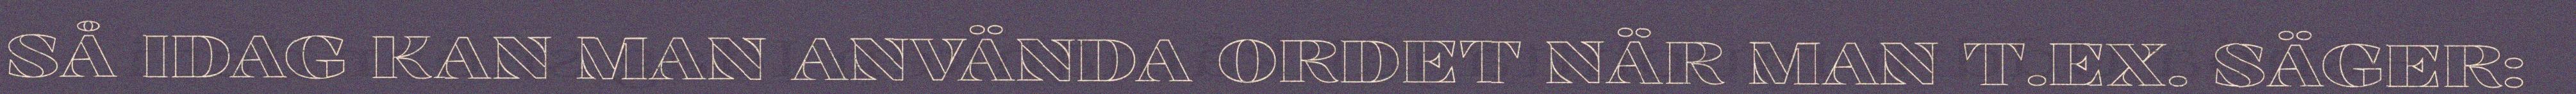
SÅ IDAG KAN MAN ANVÄNDA ORDET NÄR MAN T.EX. SÄGER: